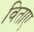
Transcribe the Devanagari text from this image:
विताए